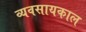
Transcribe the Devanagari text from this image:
व्यवसायकाल